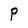
Character: P